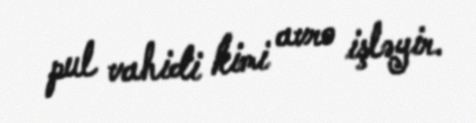
pul vahidi kimi avro işləyir.